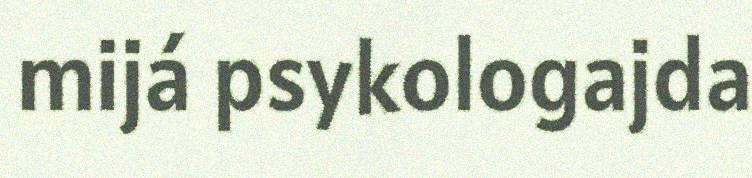
mijá psykologajda